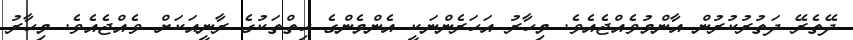
ދޭތެރޭ ދަތުރުކުރުން އާންމުވެއްޖެއެވެ. މިހާރު އަހަރެންނަކީ އެންމެންގެ ހިތްތަކުގެ ރާނީއަކަށް ވެއްޖެއެވެ. މިހާރު